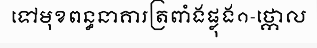
ទៅមុខពន្ធនាគារត្រពាំងផ្លុង១-ថ្កោល